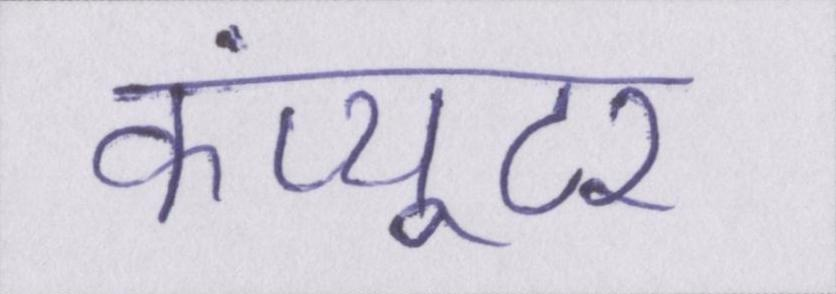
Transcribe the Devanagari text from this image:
कंप्यूटर